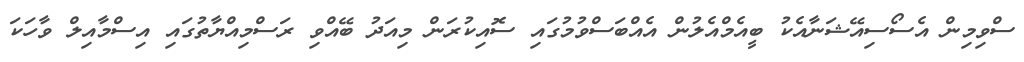
ސްވިމިން އެސޯސިއޭޝަނާއެކު ބީއެމްއެލުން އެއްބަސްވުމުގައި ސޮއިކުރަން މިއަދު ބޭއްވި ރަސްމިއްޔާތުގައި އިސްމާއިލް ވާހަކަ